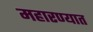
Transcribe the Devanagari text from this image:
महारण्यात